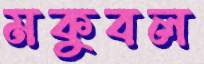
মকুবল